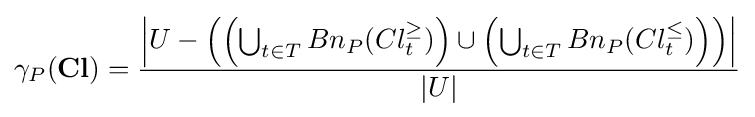
\gamma _{P}({\textbf {Cl}})={\frac {\left|U-\left(\left(\bigcup _{t\in T}Bn_{P}(Cl_{t}^{\geq })\right)\cup \left(\bigcup _{t\in T}Bn_{P}(Cl_{t}^{\leq })\right)\right)\right|}{|U|}}